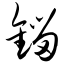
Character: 锱